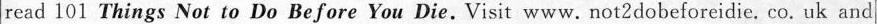
read 101 Things Not to Do Before You Die.Visit www.not 2 dobeforeidie. co. uk and